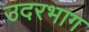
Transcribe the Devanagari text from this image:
उदरभाग